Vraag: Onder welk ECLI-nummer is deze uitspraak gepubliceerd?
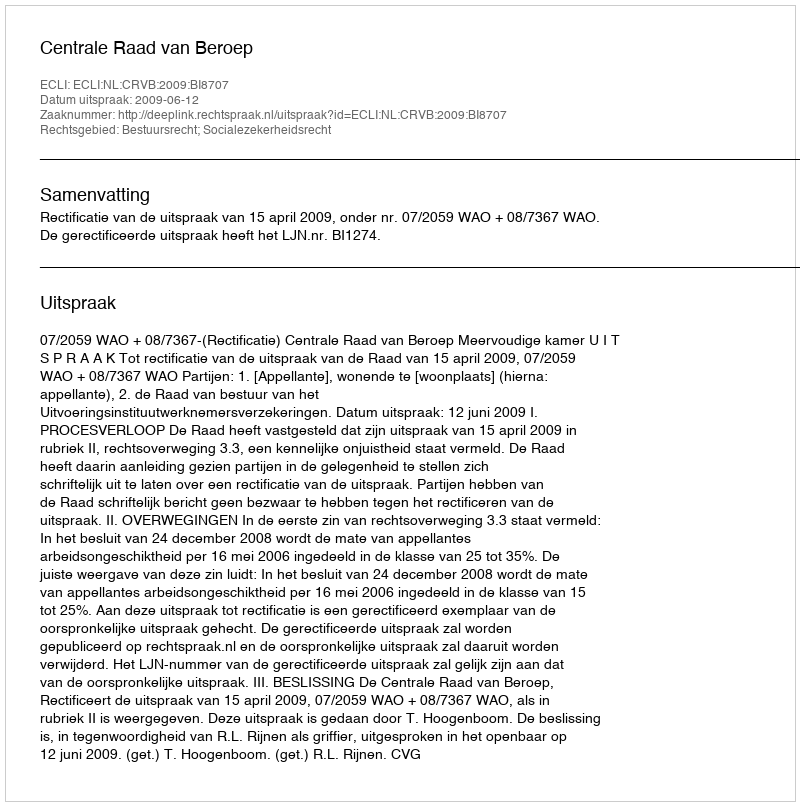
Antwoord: ECLI:NL:CRVB:2009:BI8707